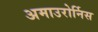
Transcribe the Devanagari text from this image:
अमाउरोर्निस